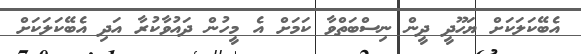
އެބޭކަލަކަށް ޔަހޫދީ ދީން ނިސްބަތްވާ ކަމަށް އެ މީހުން ދައުވާކުރާ އަދި އެބޭކަލަކަށް